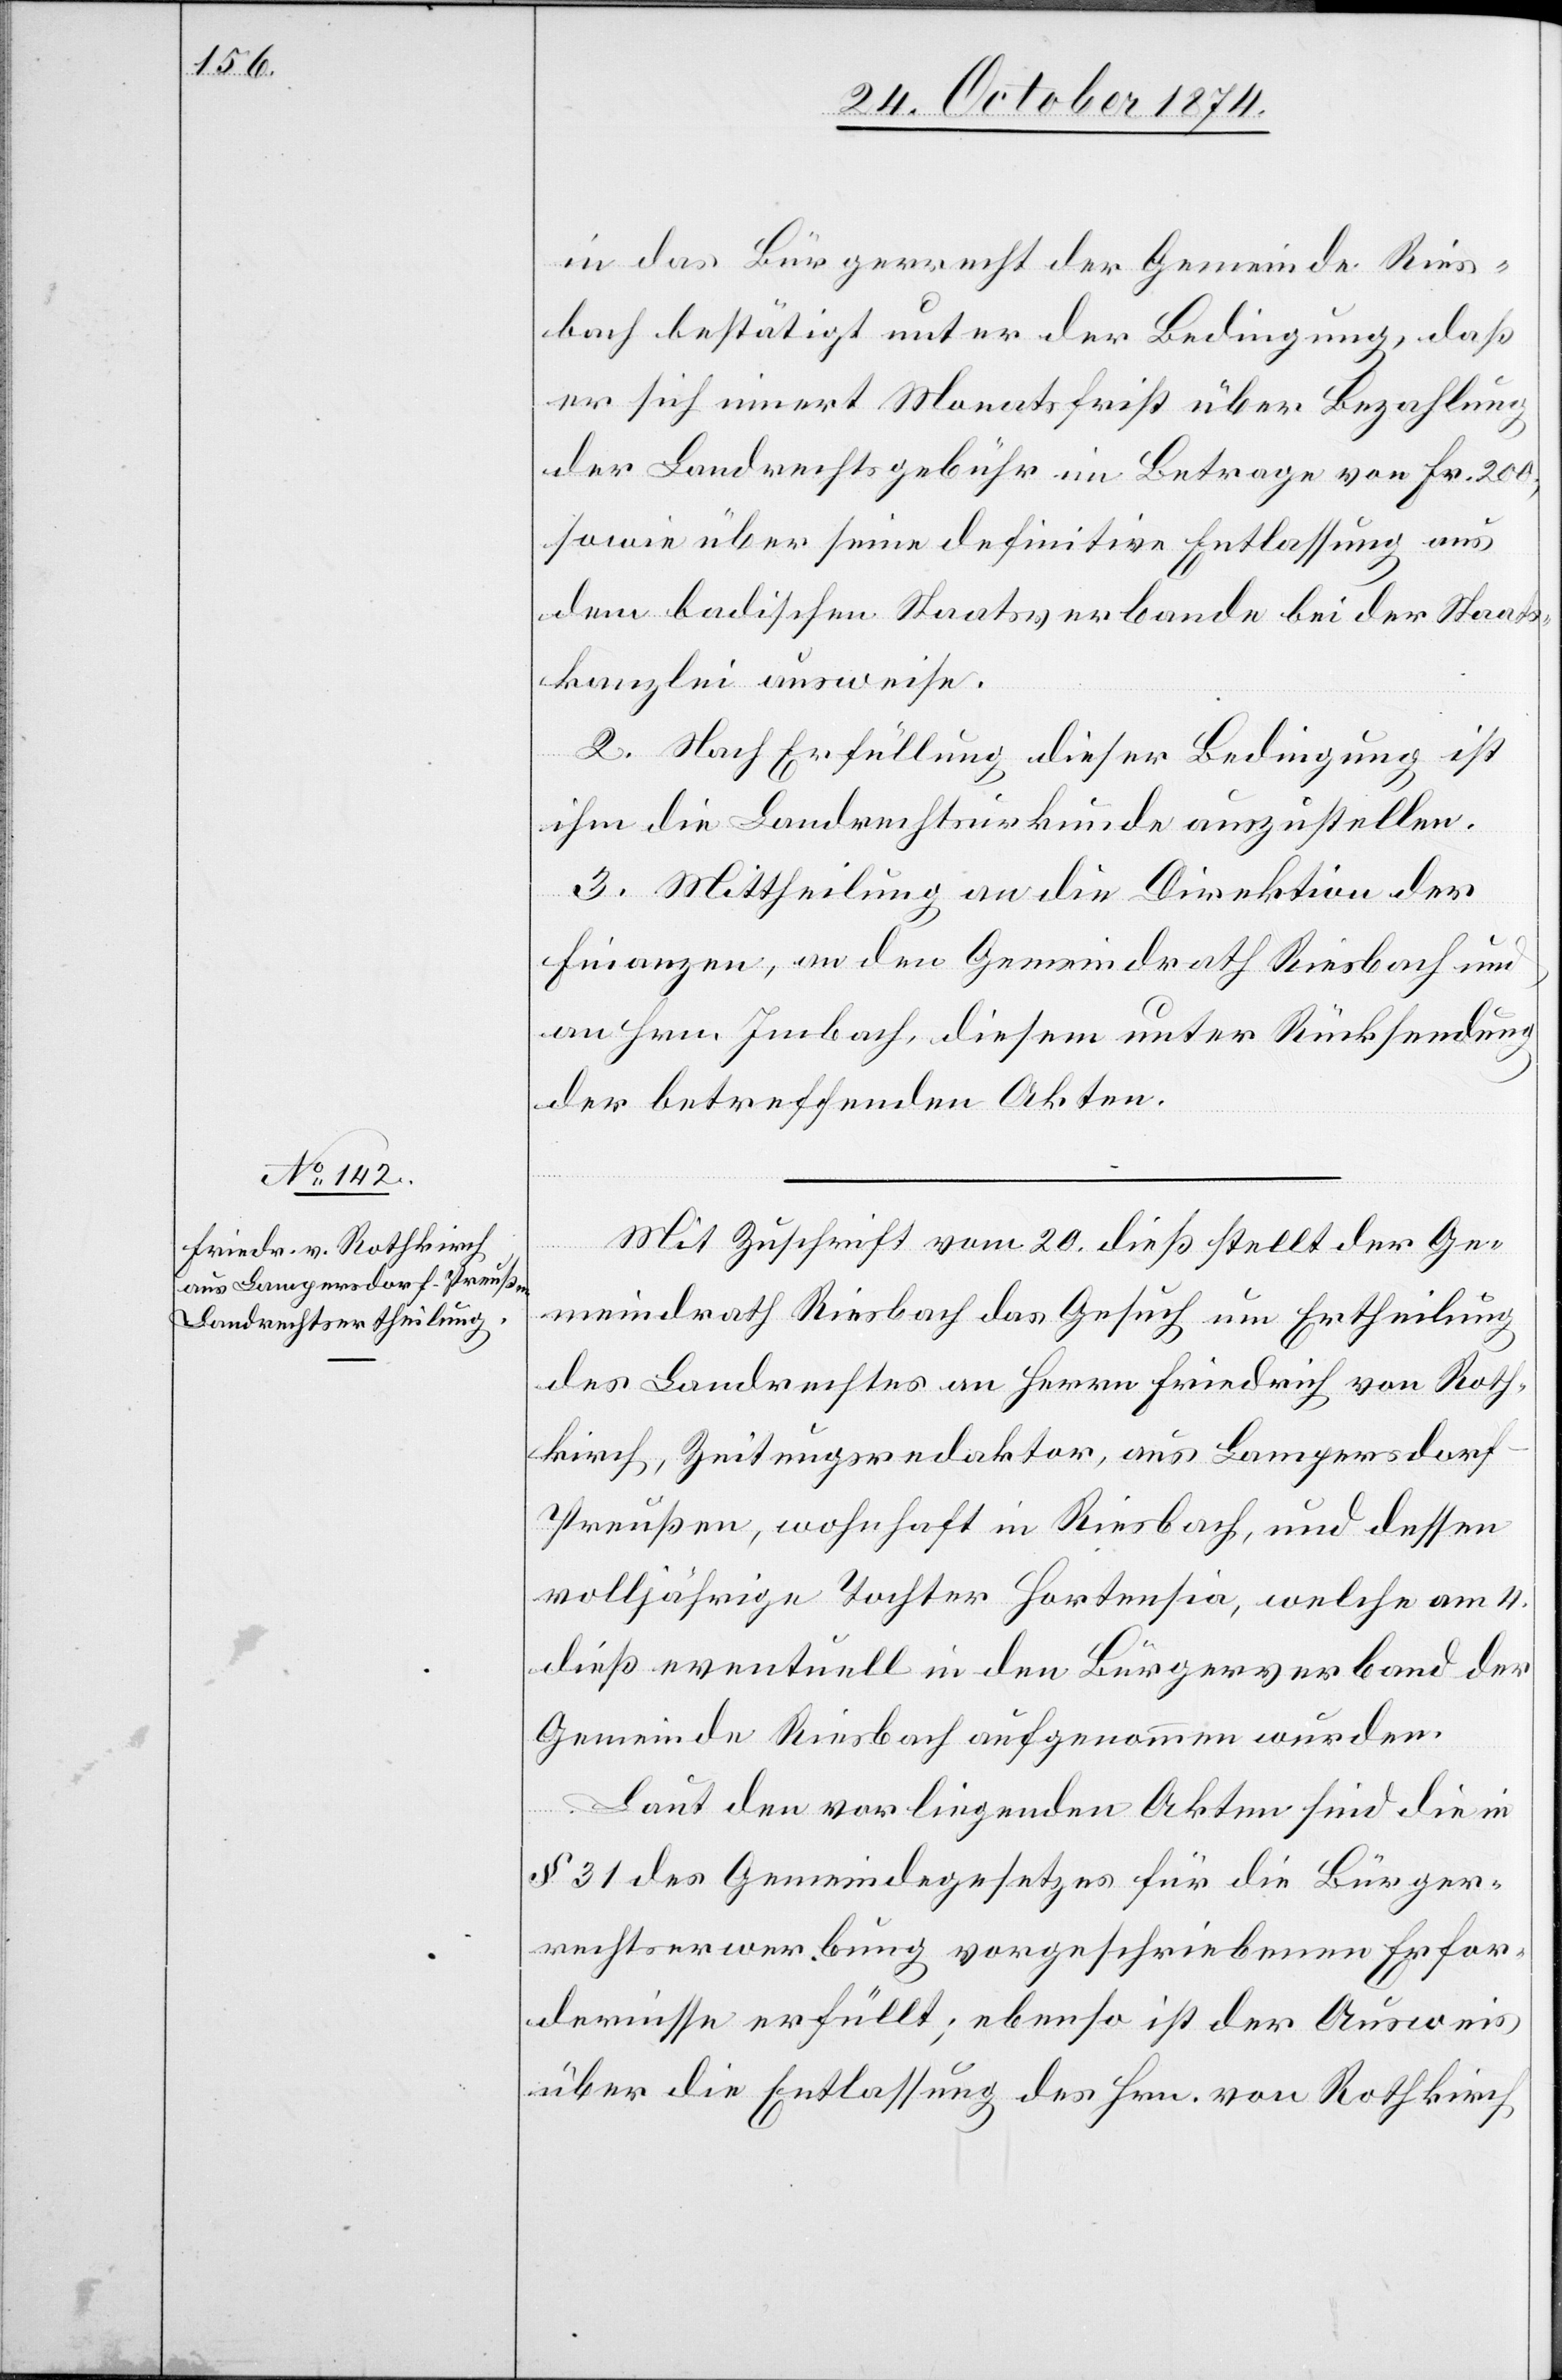
in das Bürgerrecht der Gemeinde Ries¬
bach bestätigt unter der Bedingung, daß
er sich innert Monatsfrist über Bezahlung
der Landrechtsgebühr im Betrage von Fr. 200,
sowie über seine definitive Entlassung aus
dem badischen Staatsverbande bei der Staats¬
kanzlei ausweise.
2. Nach Erfüllung dieser Bedingung ist
ihm die Landrechtsurkunde auszustellen.
3. Mittheilung an die Direktion der
Finanzen, an den Gemeindrath Riesbach und
an Hrn. Imbach, diesem unter Rücksendung
der betreffenden Akten.
Mit Zuschrift vom 20. dieß stellt der Ge¬
meindrath Riesbach das Gesuch um Ertheilung
des Landrechtes an Herrn Friedrich von Roth¬
kirch, Zeitungsredaktor, aus Lampersdorf
Preußen, wohnhaft in Riesbach, und dessen
volljährige Tochter Hortensia, welche am 4.
dieß eventuell in den Bürgerverband der
Gemeinde Riesbach aufgenommen wurden.
Laut den vorliegenden Akten sind die in
§ 31 des Gemeindegesetzes für die Bürger¬
rechtserwerbung vorgeschriebenen Erfor¬
dernisse erfüllt; ebenso ist der Ausweis
über die Entlassung des Hrn. von Rothkirch